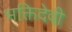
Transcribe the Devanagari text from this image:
भक्तिदेवी